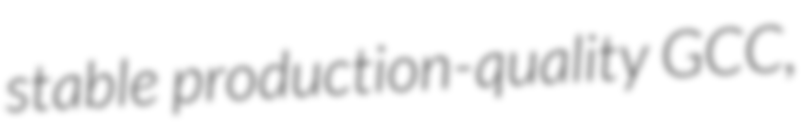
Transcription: stable production-quality GCC,